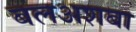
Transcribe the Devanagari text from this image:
बलअशबा